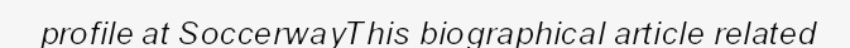
profile at SoccerwayThis biographical article related